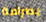
بصرامة